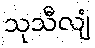
သုသီလျံ